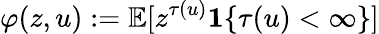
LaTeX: \varphi(z,u):=\mathbb{E}[z^{\tau(u)}\mathbf{1}\{ \tau(u)<\infty\} ]